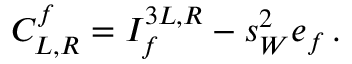
C _ { L , R } ^ { f } = I _ { f } ^ { 3 L , R } - s _ { W } ^ { 2 } e _ { f } \, .